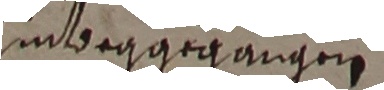
inbeggegangen.